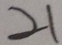
2 1